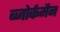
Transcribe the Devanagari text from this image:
ब्जोर्कमैन